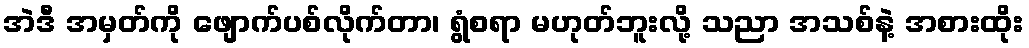
အဲဒီ အမှတ်ကို ဖျောက်ပစ်လိုက်တာ၊ ရွံစရာ မဟုတ်ဘူးလို့ သညာ အသစ်နဲ့ အစားထိုး